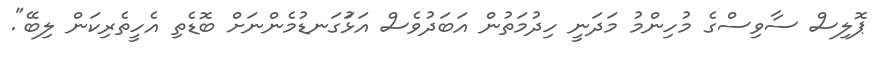
ޕޮލިސް ސާވިސްގެ މުހިންމު މަދަނީ ހިދުމަތުން އަބަދުވެސް އަޅުަގަނޑުމެންނަށް ބޮޑެތި އެހީތެރިކަން ލިބޭ".